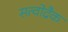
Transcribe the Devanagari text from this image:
सत्वोद्रैक